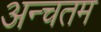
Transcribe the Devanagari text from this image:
अन्चतम